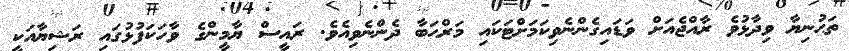
ތަޙުނިޔާ ވިދާޅުވެ ރާއްޖެއަށް ވަޑައިގެންނެވިކަމަށްޓަކައި މަރްޙަބާ ދެންނެވިއެވެ. ރައީސް ޔާމީންގެ ވާހަކަފުޅުގައި ރަޝިޔާއަކީ